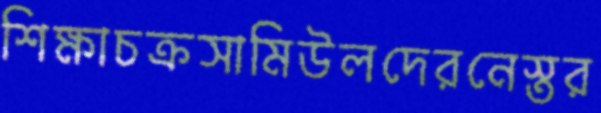
শিক্ষাচক্রসামিউলদেরনেস্তর